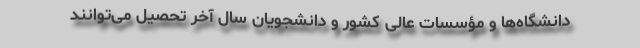
دانشگاه‌ها و مؤسسات عالی کشور و دانشجویان سال آخر تحصیل می‌توانند